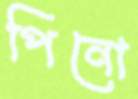
পিনো